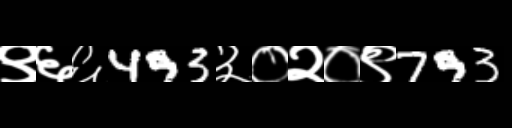
Text: ९६६493३०२०९793